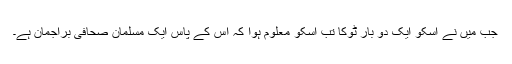
جب میں نے اسکو ایک دو بار ٹوکا تب اسکو معلوم ہوا کہ اس کے پاس ایک مسلمان صحافی براجمان ہے۔